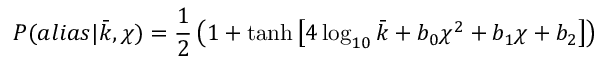
P ( a l i a s | \bar { k } , \chi ) = \frac { 1 } { 2 } \left( 1 + \operatorname { t a n h } \left[ 4 \log _ { 1 0 } \bar { k } + b _ { 0 } \chi ^ { 2 } + b _ { 1 } \chi + b _ { 2 } \right] \right)